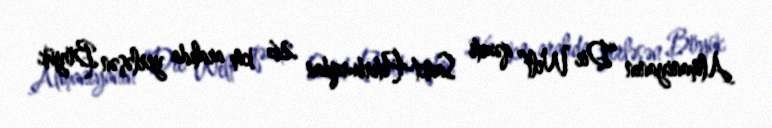
Almaniyanın “Die Welt” qəzeti Sankt-Peterburqdan 26 km aralıda yerləşən Böyük